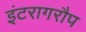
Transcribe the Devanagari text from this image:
इंटरागरौप